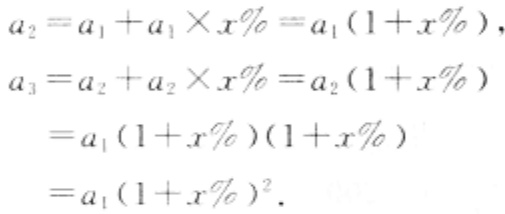
\[
\begin{align*}
a_{2}&=a_{1}+a_{1}\times x\%=a_{1}(1 + x\%),\\
a_{3}&=a_{2}+a_{2}\times x\%=a_{2}(1 + x\%)\\
&=a_{1}(1 + x\%)(1 + x\%)\\
&=a_{1}(1 + x\%)^{2}.
\end{align*}
\]